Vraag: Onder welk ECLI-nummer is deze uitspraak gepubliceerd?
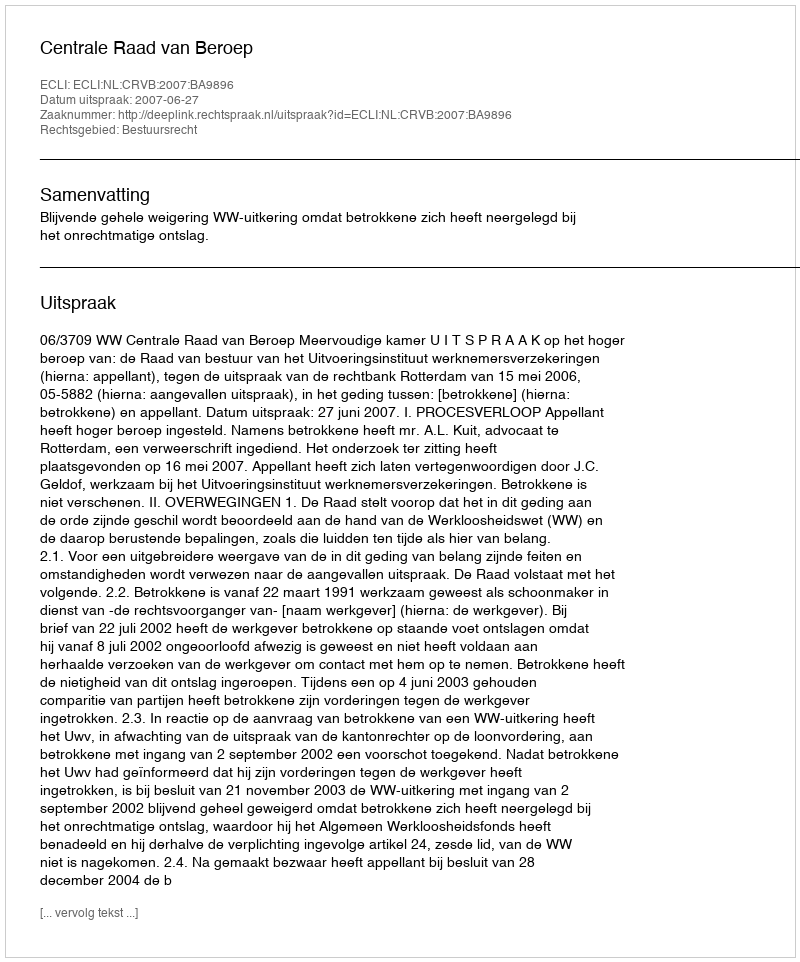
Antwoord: ECLI:NL:CRVB:2007:BA9896